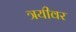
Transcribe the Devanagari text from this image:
त्रयीवर